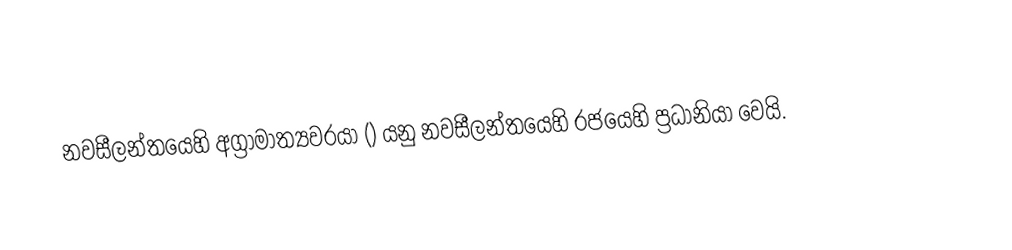
නවසීලන්තයෙහි අග්‍රාමාත්‍යවරයා () යනු නවසීලන්තයෙහි රජයෙහි ප්‍රධානියා වෙයි.